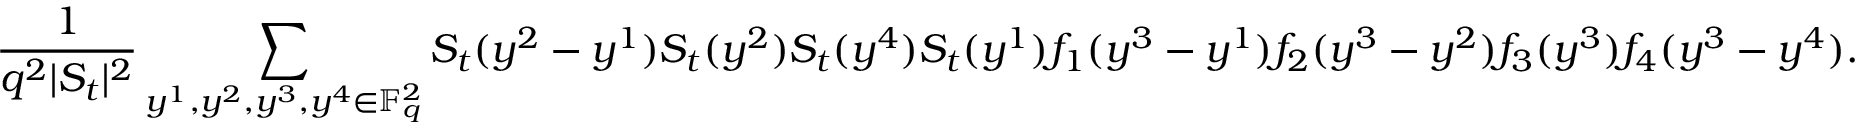
\frac { 1 } { q ^ { 2 } | S _ { t } | ^ { 2 } } \sum _ { y ^ { 1 } , y ^ { 2 } , y ^ { 3 } , y ^ { 4 } \in \mathbb F _ { q } ^ { 2 } } S _ { t } ( y ^ { 2 } - y ^ { 1 } ) S _ { t } ( y ^ { 2 } ) S _ { t } ( y ^ { 4 } ) S _ { t } ( y ^ { 1 } ) f _ { 1 } ( y ^ { 3 } - y ^ { 1 } ) f _ { 2 } ( y ^ { 3 } - y ^ { 2 } ) f _ { 3 } ( y ^ { 3 } ) f _ { 4 } ( y ^ { 3 } - y ^ { 4 } ) .